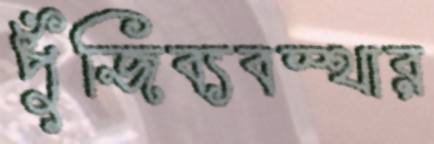
পুঁজিব্যবস্থার